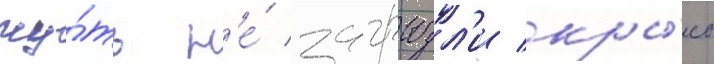
чу́ть н'е́ загрызл'и кры́сы